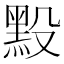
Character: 𪐮